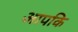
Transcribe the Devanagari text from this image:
आपकि